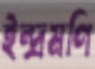
ইন্দ্রমণি